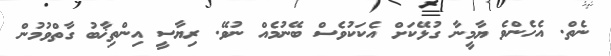
ނެތް. އެހެންވެ ޔާމީނާ ގުޅޭކަށް އެކަކުވެސް ބޭނުމެއް ނުވޭ. ރިޔާސީ އިންތިޚާބު ގާތްވުމުން